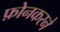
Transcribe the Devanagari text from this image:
फ़ोनकरने